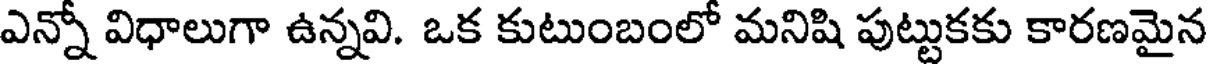
ఎన్నో విధాలుగా ఉన్నవి. ఒక కుటుంబంలో మనిషి పుట్టుకకు కారణమైన